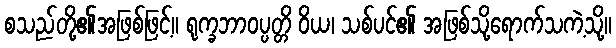
စသည်တို့၏အဖြစ်ဖြင့်။ ရုက္ခဘာဝပ္ပတ္တိ ဝိယ၊ သစ်ပင်၏ အဖြစ်သို့ရောက်သကဲ့သို့။